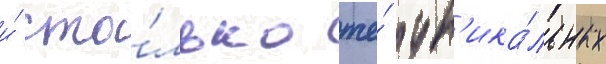
и́ сто́лько же́ ун'ика́льных